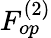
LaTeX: F_{op}^{(2)}